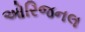
ઓરિજનલ